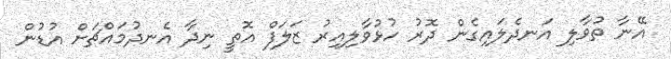
އޭނާ ތުވާލި އަނދެލައިގެން ދޮރު ހުޅުވާލިއިރު ޒަލަފް އޮތީ ނިދާ އެނދުމައްޗަށް އުޑުން